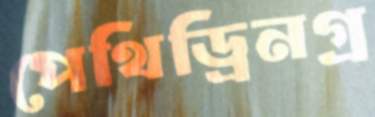
পেথিড্রিনগ্র